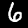
Label: 6